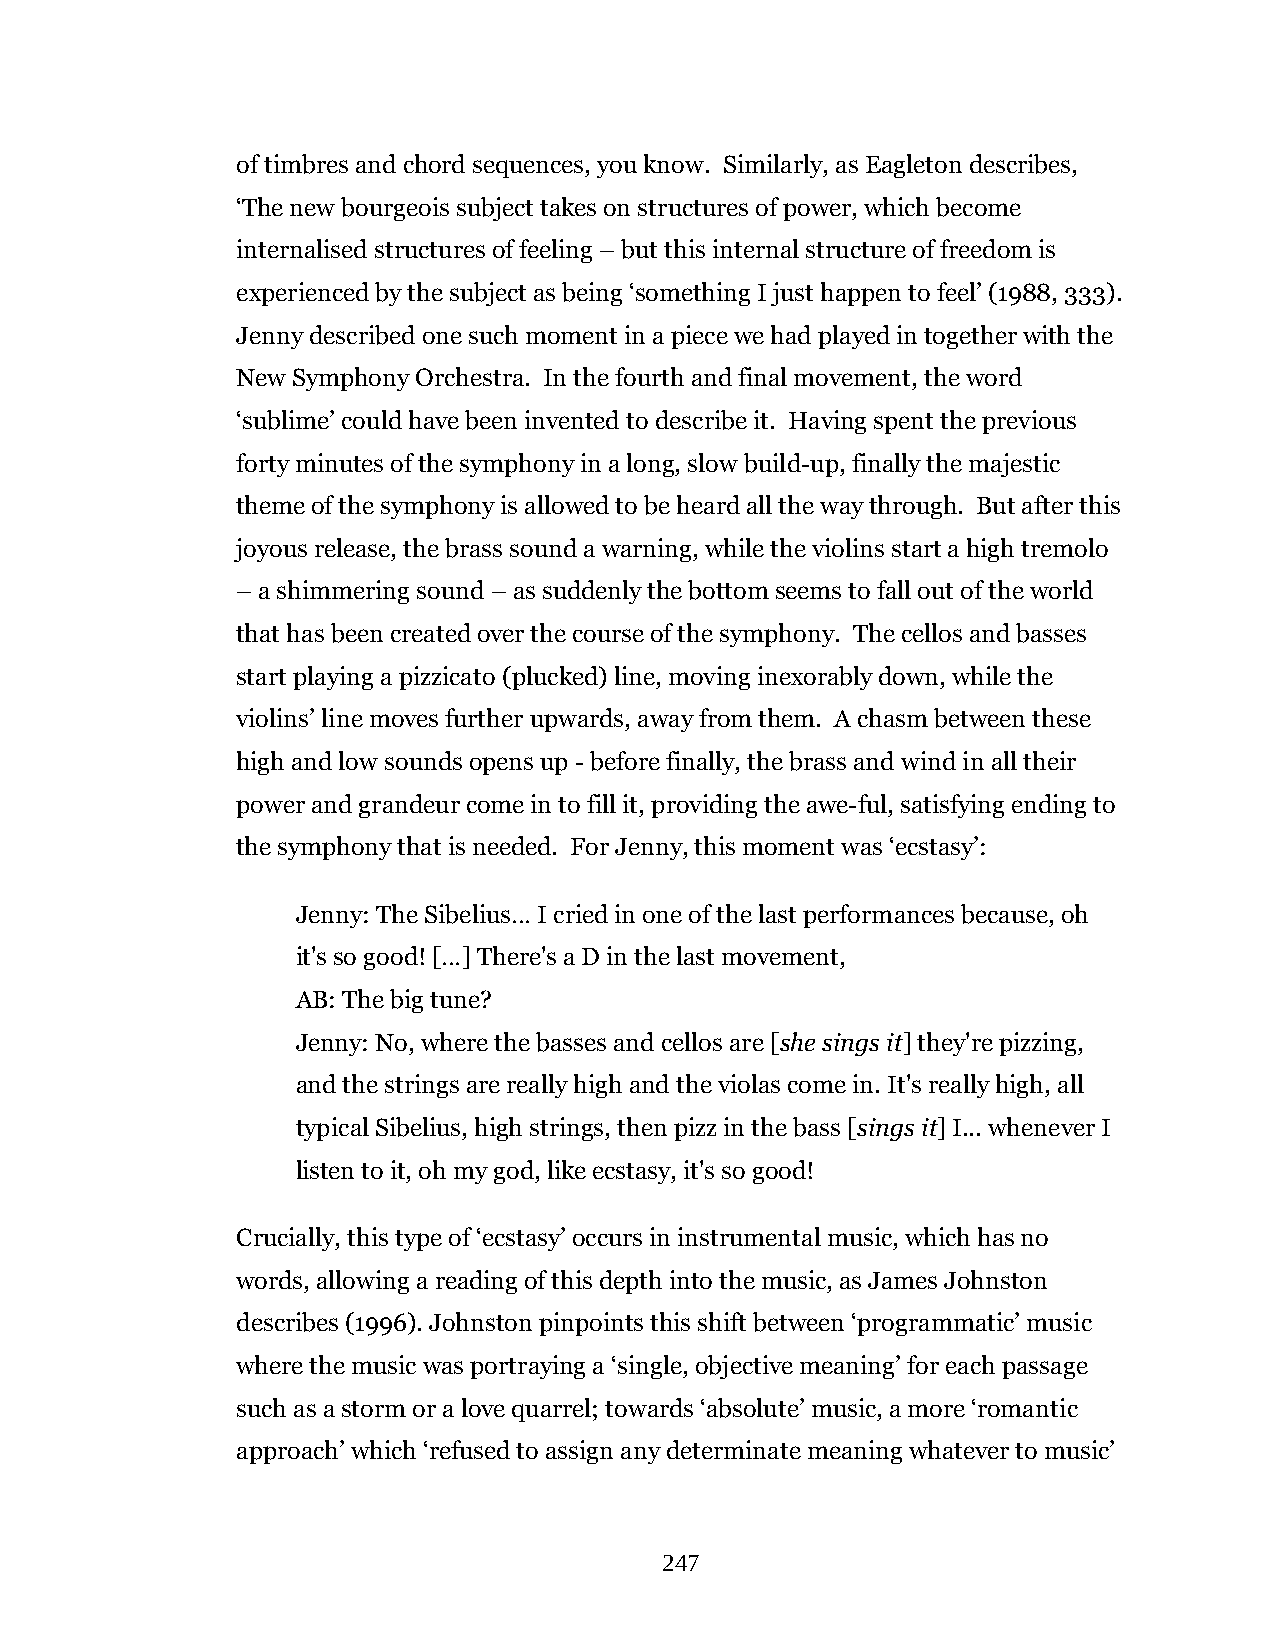
of timbres and chord sequences, you know. Similarly, as Eagleton describes,
 ‘The new bourgeois subject takes on structures of power, which become
 internalised structures of feeling – but this internal structure of freedom is
 experienced by the subject as being ‘something I just happen to feel’ (1988, 333).
 Jenny described one such moment in a piece we had played in together with the
 New Symphony Orchestra. In the fourth and final movement, the word
 ‘sublime’ could have been invented to describe it. Having spent the previous
 forty minutes of the symphony in a long, slow build-up, finally the majestic
 theme of the symphony is allowed to be heard all the way through. But after this
 joyous release, the brass sound a warning, while the violins start a high tremolo
 – a shimmering sound – as suddenly the bottom seems to fall out of the world
 that has been created over the course of the symphony. The cellos and basses
 start playing a pizzicato (plucked) line, moving inexorably down, while the
 violins’ line moves further upwards, away from them. A chasm between these
 high and low sounds opens up - before finally, the brass and wind in all their
 power and grandeur come in to fill it, providing the awe-ful, satisfying ending to
 the symphony that is needed. For Jenny, this moment was ‘ecstasy’:
 Jenny: The Sibelius… I cried in one of the last performances because, oh
 it's so good! […] There's a D in the last movement,
 AB: The big tune?
 Jenny: No, where the basses and cellos are [she sings it] they're pizzing,
 and the strings are really high and the violas come in. It's really high, all
 typical Sibelius, high strings, then pizz in the bass [sings it] I... whenever I
 listen to it, oh my god, like ecstasy, it's so good!
 Crucially, this type of ‘ecstasy’ occurs in instrumental music, which has no
 words, allowing a reading of this depth into the music, as James Johnston
 describes (1996). Johnston pinpoints this shift between ‘programmatic’ music
 where the music was portraying a ‘single, objective meaning’ for each passage
 such as a storm or a love quarrel; towards ‘absolute’ music, a more ‘romantic
 approach’ which ‘refused to assign any determinate meaning whatever to music’
 247